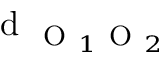
\mathrm { ~ d ~ } _ { \mathrm { ~ O ~ } _ { 1 } \mathrm { ~ O ~ } _ { 2 } }